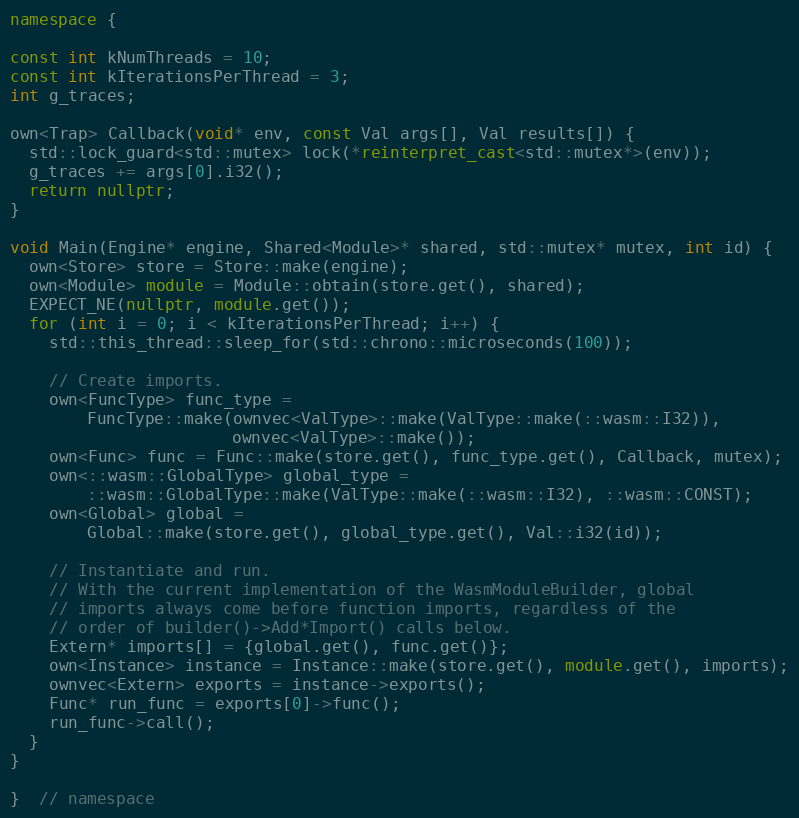
Language: C++
namespace {

const int kNumThreads = 10;
const int kIterationsPerThread = 3;
int g_traces;

own<Trap> Callback(void* env, const Val args[], Val results[]) {
  std::lock_guard<std::mutex> lock(*reinterpret_cast<std::mutex*>(env));
  g_traces += args[0].i32();
  return nullptr;
}

void Main(Engine* engine, Shared<Module>* shared, std::mutex* mutex, int id) {
  own<Store> store = Store::make(engine);
  own<Module> module = Module::obtain(store.get(), shared);
  EXPECT_NE(nullptr, module.get());
  for (int i = 0; i < kIterationsPerThread; i++) {
    std::this_thread::sleep_for(std::chrono::microseconds(100));

    // Create imports.
    own<FuncType> func_type =
        FuncType::make(ownvec<ValType>::make(ValType::make(::wasm::I32)),
                       ownvec<ValType>::make());
    own<Func> func = Func::make(store.get(), func_type.get(), Callback, mutex);
    own<::wasm::GlobalType> global_type =
        ::wasm::GlobalType::make(ValType::make(::wasm::I32), ::wasm::CONST);
    own<Global> global =
        Global::make(store.get(), global_type.get(), Val::i32(id));

    // Instantiate and run.
    // With the current implementation of the WasmModuleBuilder, global
    // imports always come before function imports, regardless of the
    // order of builder()->Add*Import() calls below.
    Extern* imports[] = {global.get(), func.get()};
    own<Instance> instance = Instance::make(store.get(), module.get(), imports);
    ownvec<Extern> exports = instance->exports();
    Func* run_func = exports[0]->func();
    run_func->call();
  }
}

}  // namespace